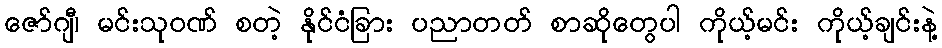
ဇော်ဂျီ၊ မင်းသုဝဏ် စတဲ့ နိုင်ငံခြား ပညာတတ် စာဆိုတွေပါ ကိုယ့်မင်း ကိုယ့်ချင်းနဲ့